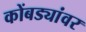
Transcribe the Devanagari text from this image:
कोंबड्यांवर